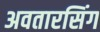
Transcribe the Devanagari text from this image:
अवतारसिंग